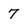
Character: 7